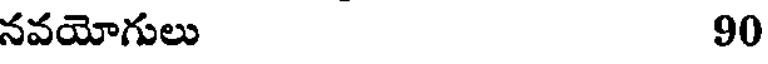
నవయోగులు 90